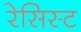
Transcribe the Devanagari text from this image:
रेसिस्ट